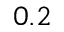
0 . 2